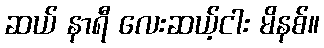
ဆယ် နာရီ လေးဆယ့်ငါး မိနစ်။